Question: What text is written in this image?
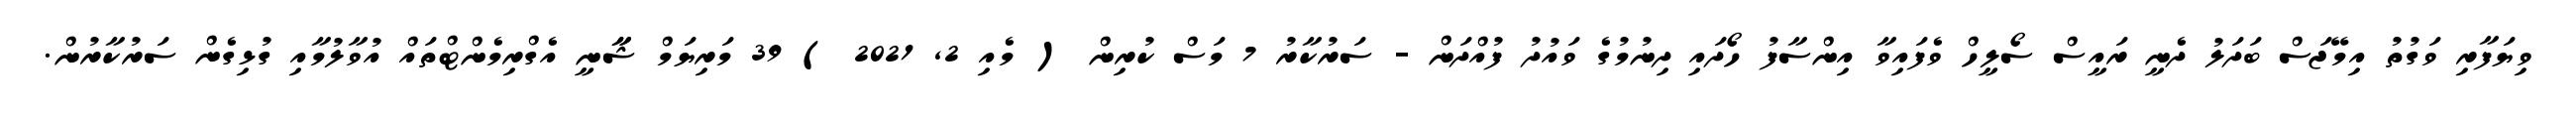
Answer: ވިޔަފާރި ވަގުތު އިމޭޖަސް ބަދަލު ދެނީ ރައީސް ސޯލީހް ވެފައިވާ އިންސާފު ހޯދައި ދިނުމުގެ ވައުދު ފުއްދަން - ސަރުކާރު 7 މަސް ކުރިން ( މެއި 2, 2021 ) 39 މަރިޔަމް ޝާާނީ އެގްރިމެންޓްތައް އުވާލުމާއި ގުޅިގެން ސަރުކާރުން.